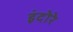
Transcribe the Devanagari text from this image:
इंदोरे